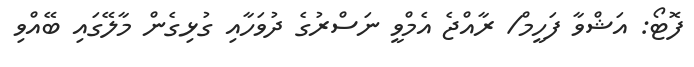
ފޮޓޯ: އަޝްވާ ފަހީމް/ ރާއްޖެ އެމްވީ ނަސްރުގެ ދުވަހާއި ގުޅިގެން މާލޭގައި ބޭއްވި